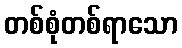
တစ်စုံတစ်ရာသော